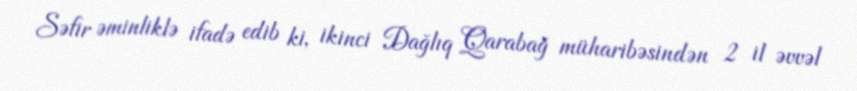
Səfir əminliklə ifadə edib ki, ikinci Dağlıq Qarabağ müharibəsindən 2 il əvvəl